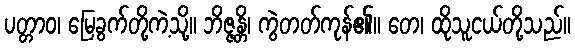
ပတ္တာဝ၊ မြေခွက်တို့ကဲ့သို့။ ဘိဇ္ဇန္တိ၊ ကွဲတတ်ကုန်၏။ တေ၊ ထိုသူငယ်တို့သည်။